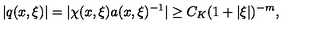
| q ( x , \xi ) | = | \chi ( x , \xi ) a ( x , \xi ) ^ { - 1 } | \geq C _ { K } ( 1 + | \xi | ) ^ { - m } ,